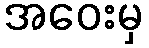
အဝေးမှ